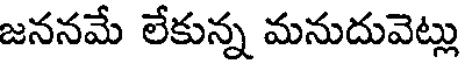
జననమే లేకున్న మనుదువెట్లు